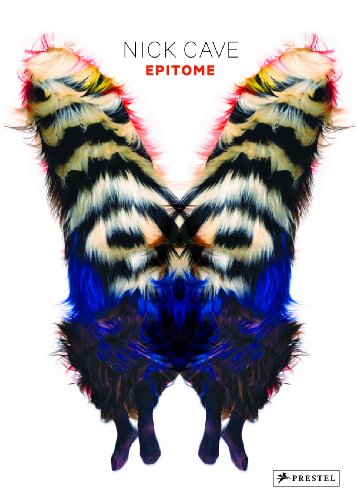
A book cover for Nick Cave: Epitome; Andrew Bolton; Arts & Photography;